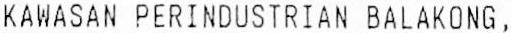
KAWASAN PERINDUSTRIAN BALAKONG,